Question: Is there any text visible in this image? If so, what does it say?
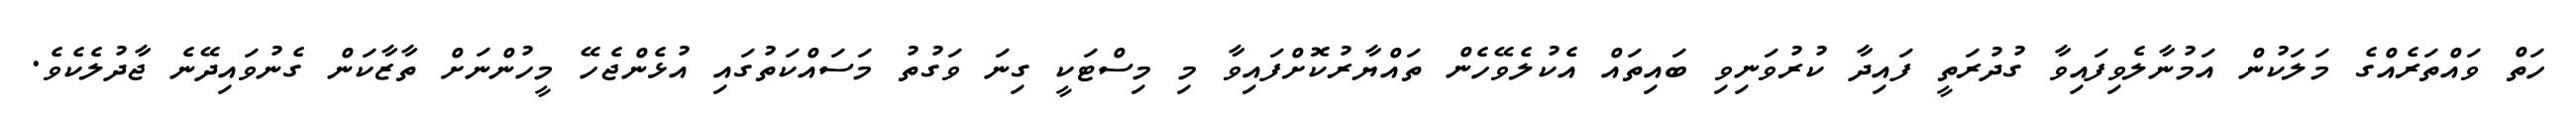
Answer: ހަތް ވައްތަރެއްގެ މަލަކުން އަމުނާލެވިފައިވާ ގުދުރަތީ ފައިދާ ކުރުވަނިވި ބައިތައް އެކުލެވޭހެން ތައްޔާރުކޮށްފައިވާ މި މިސްޓަކީ ގިނަ ވަގުތު މަސައްކަތުގައި އުޅެންޖެހޭ މީހުންނަށް ތާޒާކަން ގެނުވައިދޭނެ ޖާދުލެކެވެ.